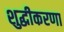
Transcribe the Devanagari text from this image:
शुद्धीकरणा